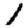
Digit: 1